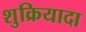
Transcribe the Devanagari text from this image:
शुक्रियादा